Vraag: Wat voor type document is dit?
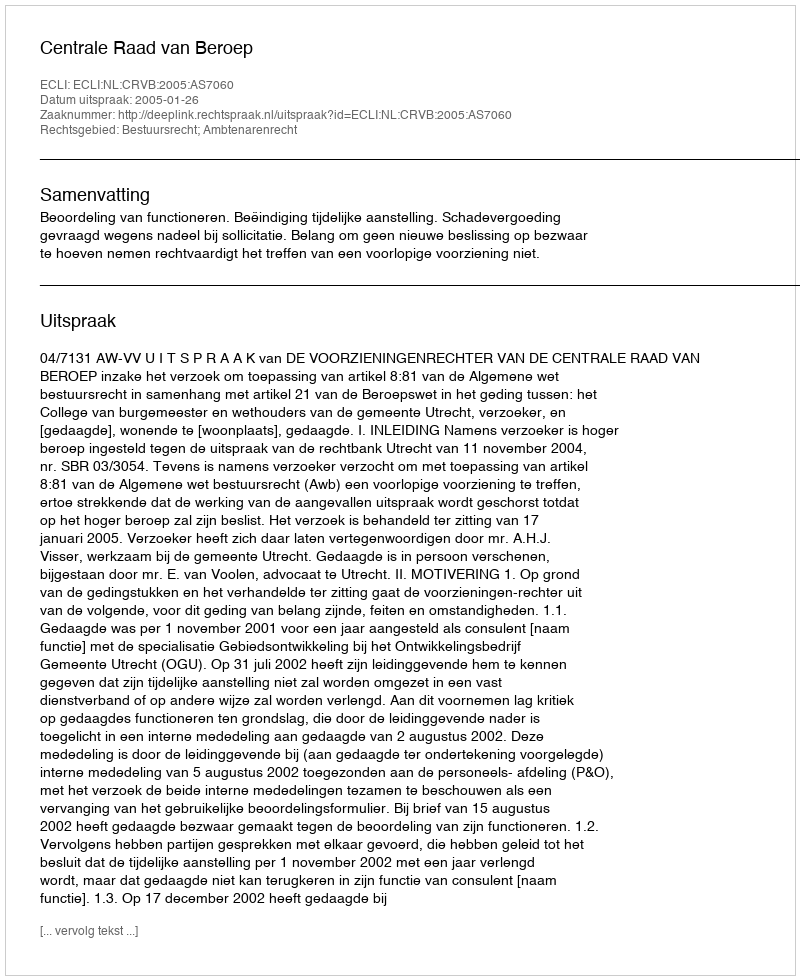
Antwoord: Uitspraak